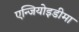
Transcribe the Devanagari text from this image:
एन्जियोइडीमा